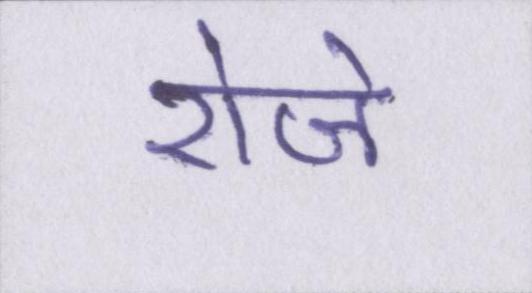
रोजे